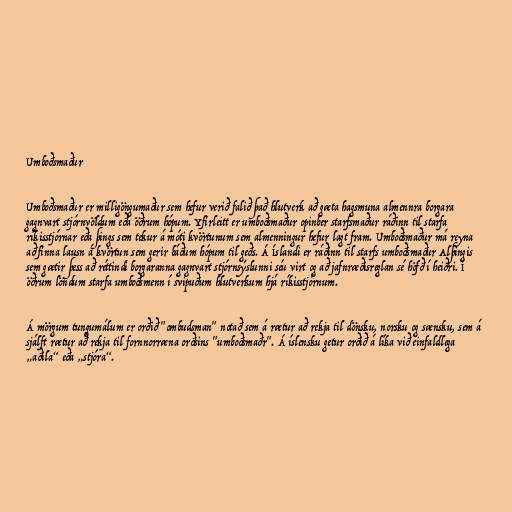
Umboðsmaður

Umboðsmaður er milligöngumaður sem hefur verið falið það hlutverk að gæta hagsmuna almennra borgara
gagnvart stjórnvöldum eða öðrum hópum. Yfirleitt er umboðsmaður opinber starfsmaður ráðinn til starfa
ríkisstjórnar eða þings sem tekur á móti kvörtunum sem almenningur hefur lagt fram. Umboðsmaður má reyna
að finna lausn á kvörtun sem gerir báðum hópum til geðs. Á Íslandi er ráðinn til starfs umboðsmaður Alþingis
sem gætir þess að réttindi borgaranna gagnvart stjórnsýslunni séu virt og að jafnræðisreglan sé höfð í heiðri. Í
öðrum löndum starfa umboðsmenn í svipuðum hlutverkum hjá ríkisstjórnum.

Á mörgum tungumálum er orðið "ombudsman" notað sem á rætur að rekja til dönsku, norsku og sænsku, sem á
sjálft rætur að rekja til fornnorræna orðsins "umboðsmaðr". Á íslensku getur orðið á líka við einfaldlega
„aðila“ eða „stjóra“.